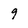
Character: 9